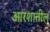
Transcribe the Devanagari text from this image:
आरशातील